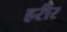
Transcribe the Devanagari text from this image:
हरीर